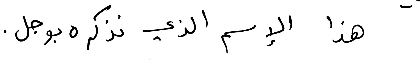
هذا الإسم الذي نذكره بوجل.